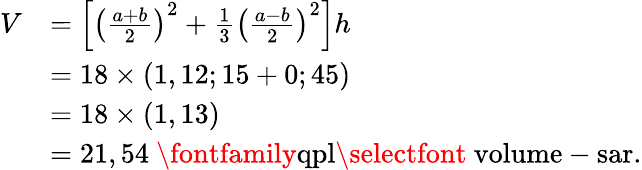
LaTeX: \begin{array}{rl}{V}&{=\left[\left(\frac{a+b}{2}\right)^{2}+\frac{1}{3}\left(\frac{a-b}{2}\right)^{2}\right]h}\\ &{=18\times(1,12;15+0;45)}\\ &{=18\times(1,13)}\\ &{=21,54~\mathrm{{\fontfamily{qpl}\selectfont~volume-sar}}.}\end{array}